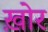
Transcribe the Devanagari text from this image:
ख़ोर